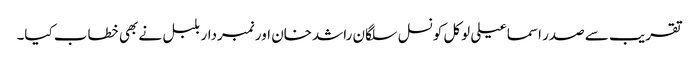
تقریب سے صدر اسماعیلی لوکل کونسل سلگان راشدخان اور نمبردار بلبل نے بھی خطاب کیا۔